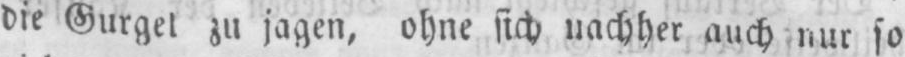
die Gurgel zu jagen, ohne sich nachher auch nur so